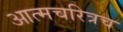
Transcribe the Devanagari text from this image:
आत्मचरित्रच